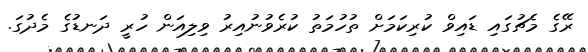
ރޭގެ މެޗުގައި ޑައިވް ކުރިކަމަށް ތުހުމަތު ކުރެވުނުއިރު ވިލިއަން ހުރީ ދަނޑުގެ މެދުގަ.